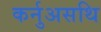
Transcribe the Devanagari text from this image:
कर्नुअसथि